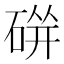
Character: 𱴓